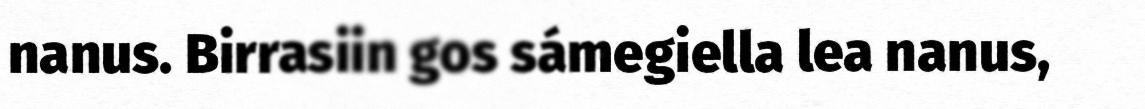
nanus. Birrasiin gos sámegiella lea nanus,